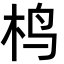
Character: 㭤